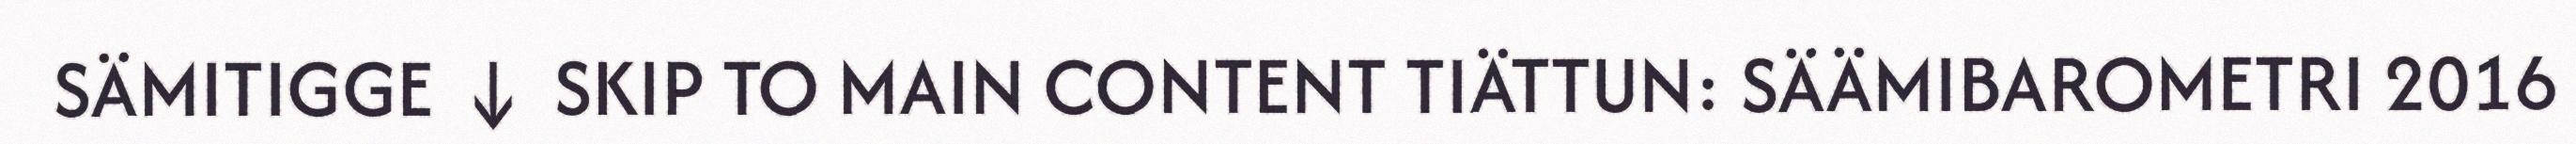
SÄMITIGGE ↓ SKIP TO MAIN CONTENT TIÄTTUN: SÄÄMIBAROMETRI 2016